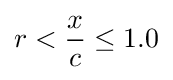
r<{\frac {x}{c}}\leq 1.0